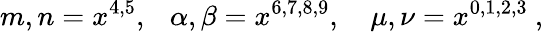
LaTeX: m,n=x^{4,5},~~~\alpha,\beta=x^{6,7,8,9},~~~~\mu,\nu=x^{0,1,2,3}\ ,